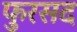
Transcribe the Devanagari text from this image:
फुरसद